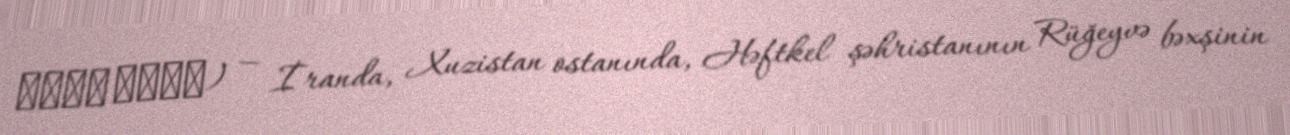
گندک عیسی) — İranda, Xuzistan ostanında, Həftkel şəhristanının Rüğeyvə bəxşinin